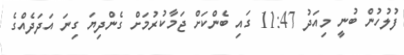
ފުލުހުން ބުނީ މިއަދު 11:47 ގައި ބެންކަށް ޖަމާކުރުމަށް ގެންދިޔަ ގިނަ އަދަދެއްގެ